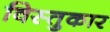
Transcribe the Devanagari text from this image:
विस्तुकार